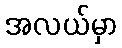
အလယ်မှာ